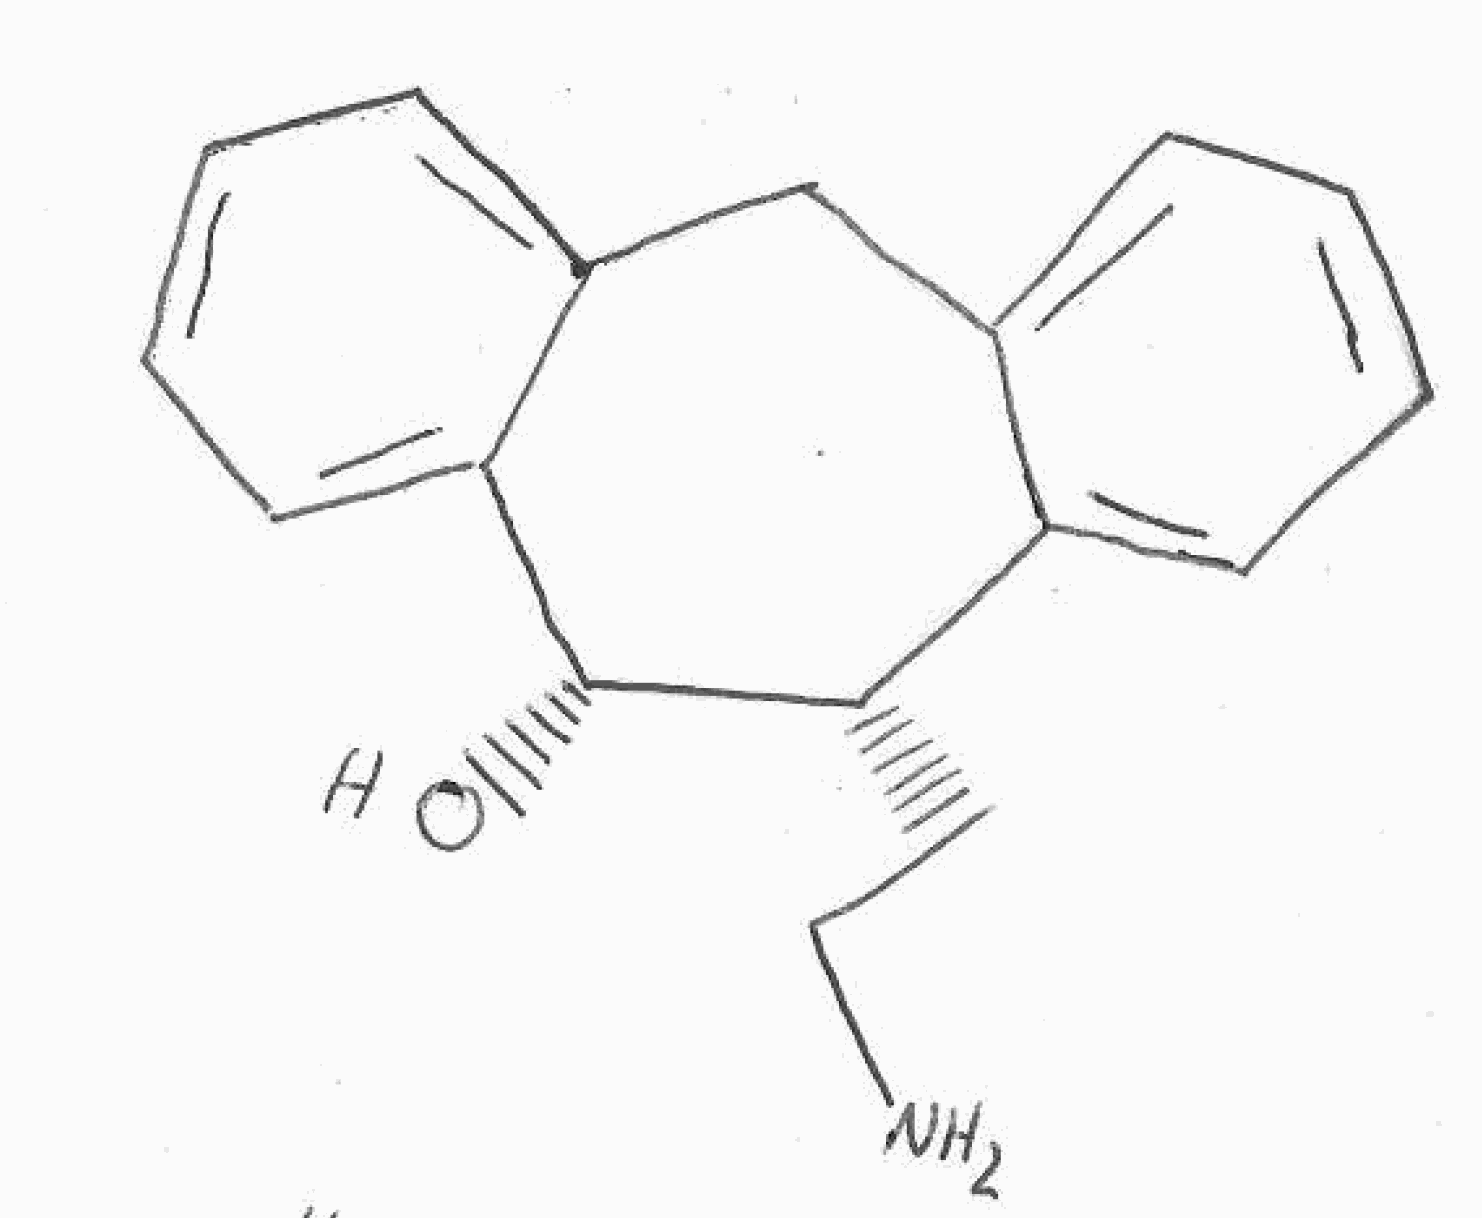
Simplified molecular-input line-entry system (SMILES) notation of the given molecule:
C1C2=CC=CC=C2[C@@H]([C@@H](C3=CC=CC=C31)O)CCN